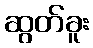
ဆွတ်ခူး